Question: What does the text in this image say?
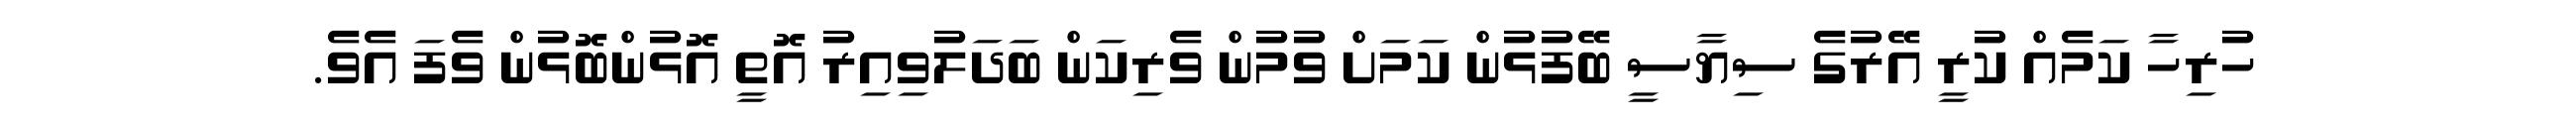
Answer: ހުރިހާ ކަމެއް ކުރީ އޭރުގެ ސިޔާސީ ބޭފުޅުން ކަމަށް ވުމުން ވެރިކަން ބަދަލުވިއިރު އޮތީ އޮޅުންބޮޅުން ވެފަ އެވެ.